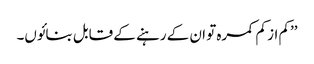
’’کم از کم کمرہ تو ان کے رہنے کے قابل بنائوں۔